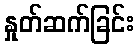
နှုတ်ဆက်ခြင်း